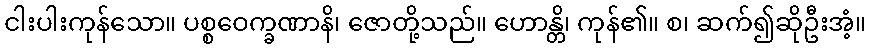
ငါးပါးကုန်သော။ ပစ္စဝေက္ခဏာနိ၊ ဇောတို့သည်။ ဟောန္တိ၊ ကုန်၏။ စ၊ ဆက်၍ဆိုဦးအံ့။